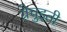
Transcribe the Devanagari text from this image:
ग्रेचुइती